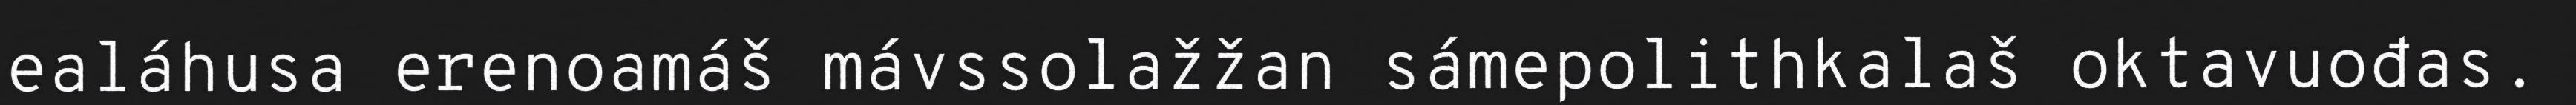
ealáhusa erenoamáš mávssolažžan sámepolithkalaš oktavuođas.